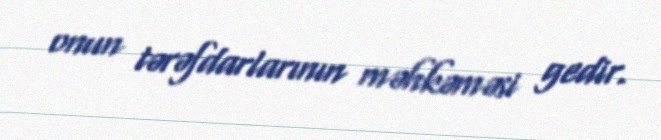
onun tərəfdarlarının məhkəməsi gedir.